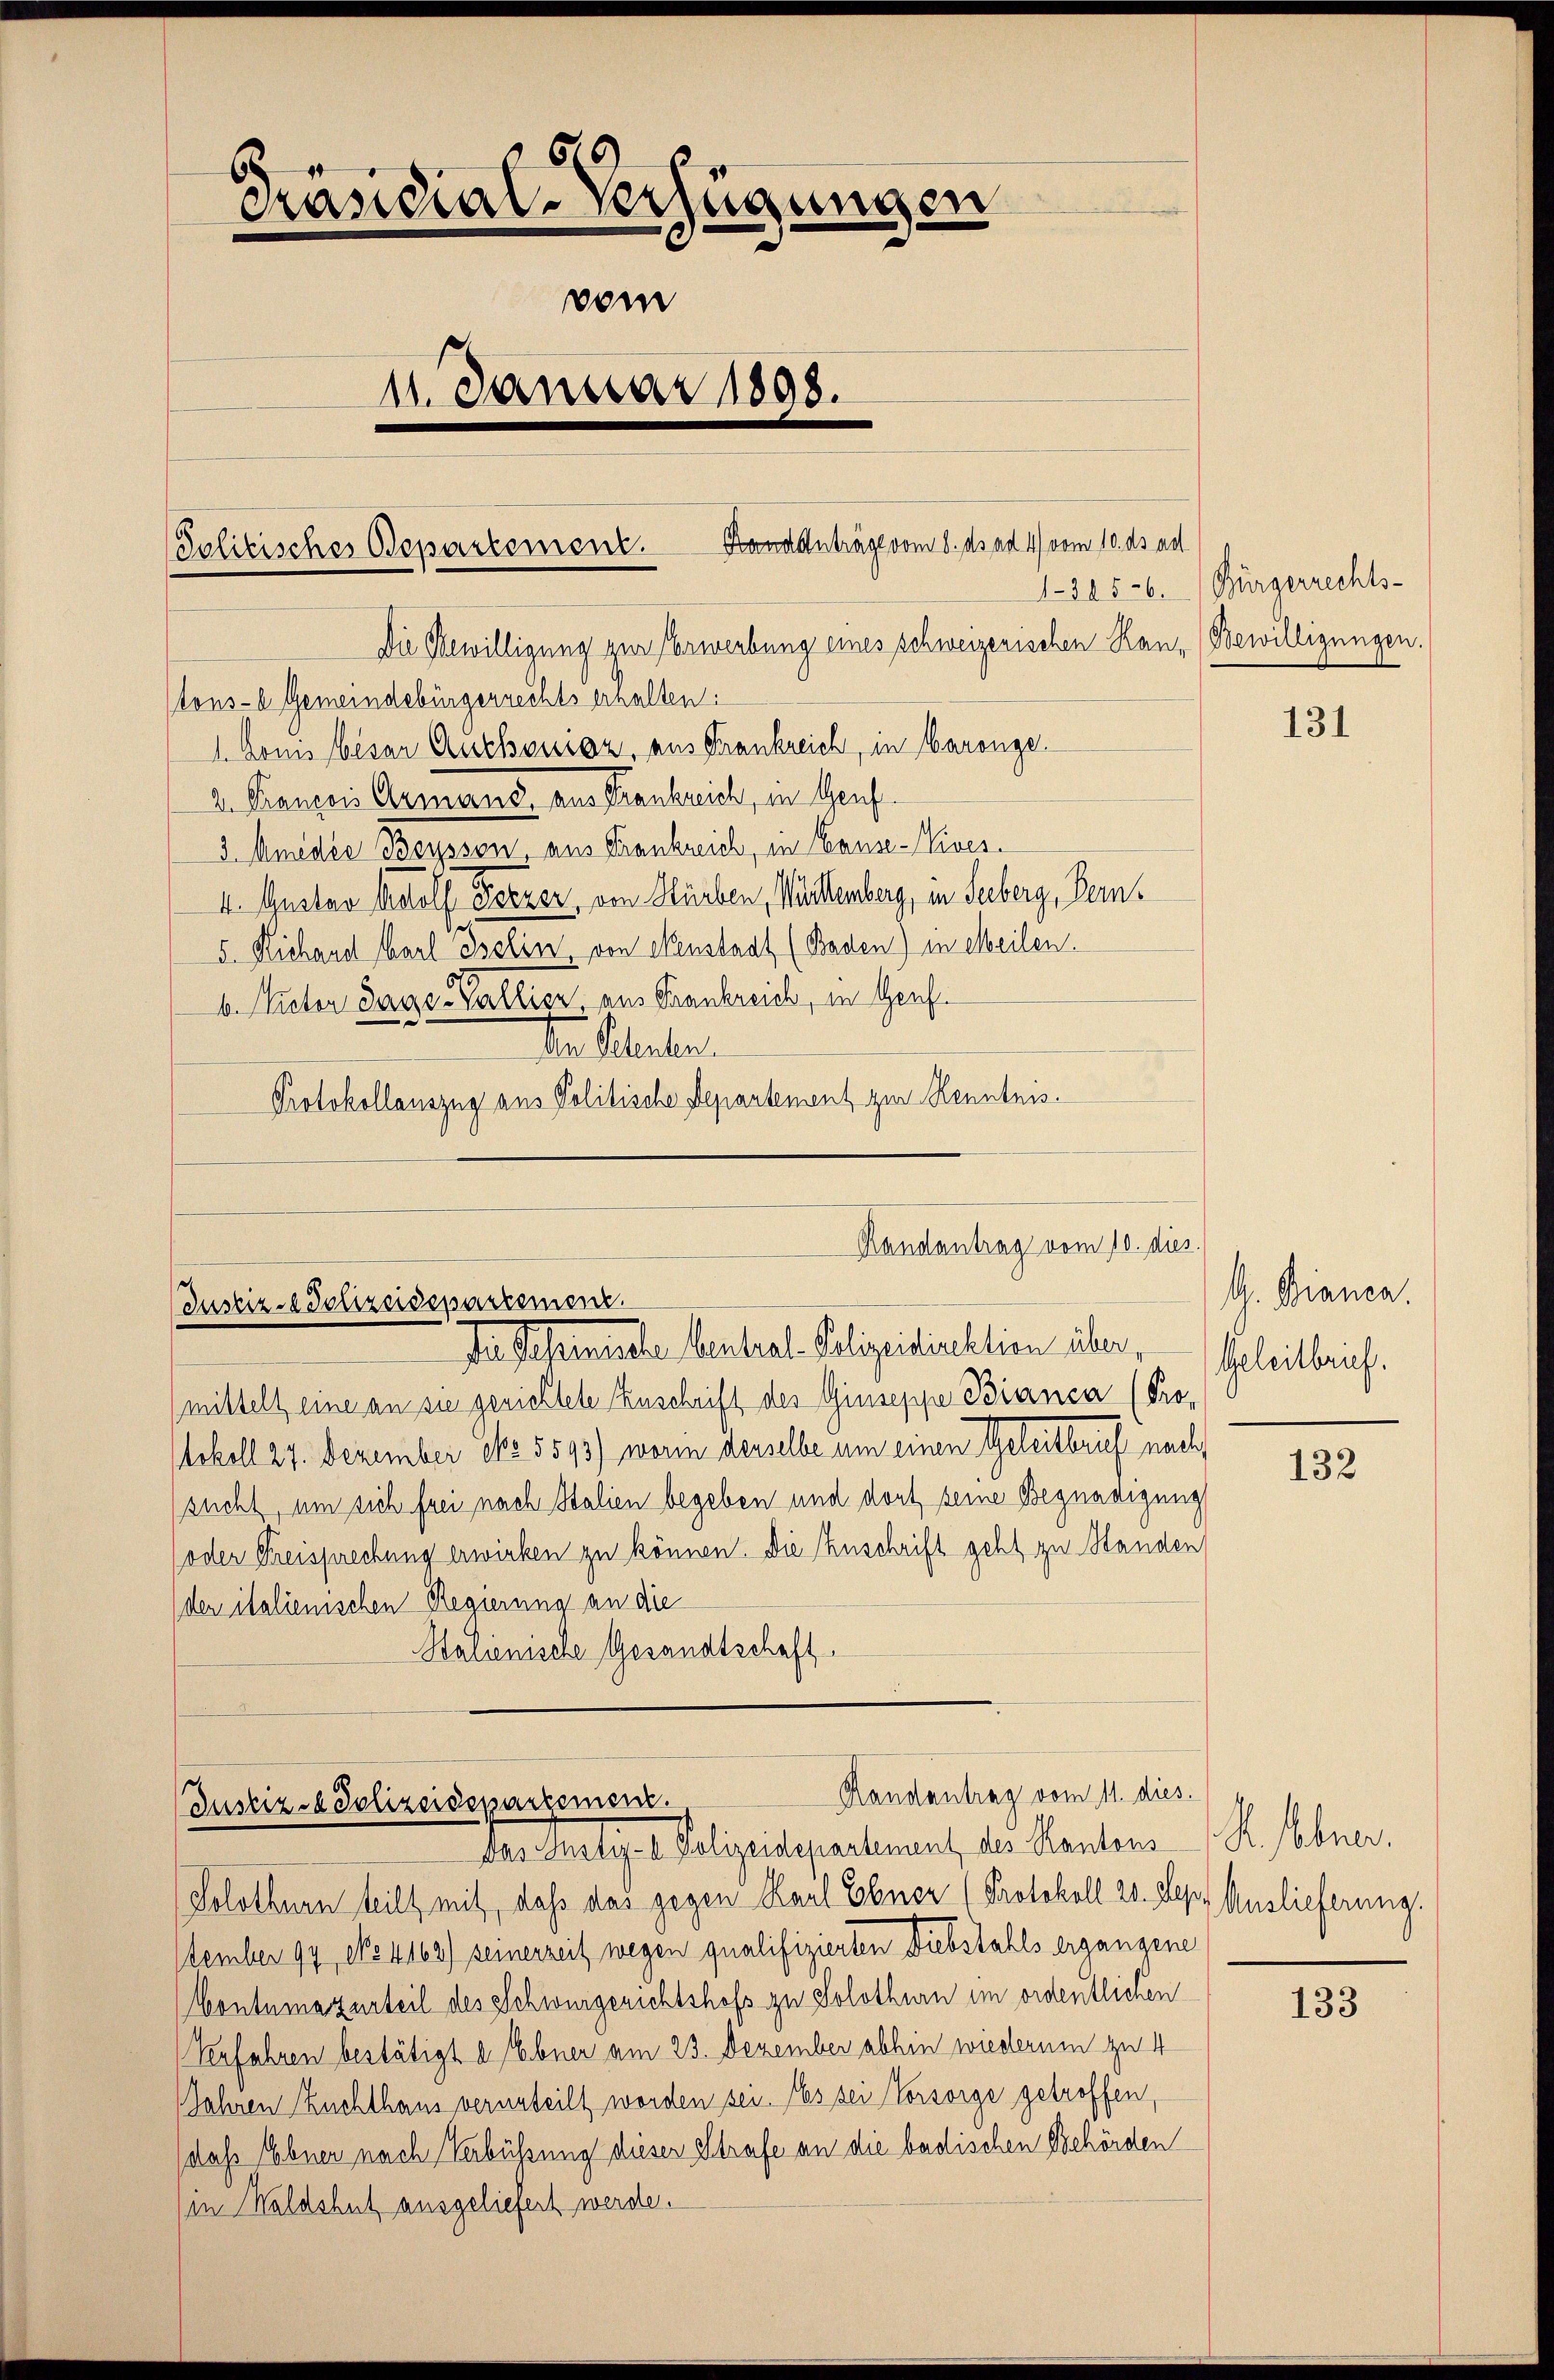
20
Präsidial-Verfügungen
vom
11. Januar 1898.

1. Donis besar Auchoisiaz, aus Frankreich, in Baronge.
2. Franzois Germans, aus Krankreich, in Genf.
3 Mmidie Beysson, aus Frankreich, in Hause-Niver¬
4. Gustav Adolf Terzer, von Hürben, Württemberg, in Seeberg, Bern¬
5. Richand Carl Iselin von Neustaat (Baden) in eeilen.
b. Victor Jage-Vallier, aus Frankreich, in Genf.
n teler.
Protokollauszug aus Politische Departement zur Kenntnis.

Politisches Departement. Handanträge vom 8. ds ad 4. vom 10. ds ad
1-385-6.
Die Bewilligung zur Verwerbung eines schweizerischen Kan- (Bewilligungen.
tons- u Gemeindebürgerrechts erhalten:

Handantrag vom 10. dies
Justiz-Polizeidepartement
der Schemente Central-Polizeidirektion über,

Randantrag vom 11. dies
Justiz- & Polizeidepartemen.
Dar Pueliger Polizeidepartement, der Kantons R. hlner,

(mittelt eine an sie gerichtete Zuschrift der Giuseppe Bianca (Pro-
Arkoll 27. Dezember No. 5593) worin desselbe um einen Geleitbruch nach
sucht, um sich frei nach Italien begeben und dort seine Begnadigung
(oder Freisprechung erwirken zu können. Die Anschrift geht zu Standen
(der italienischen Regierung an die
Stalienische Gesandtschaft

Solothurn teilt mit, dass das gegen Karl Ebner (Protokoll 20. Sepp Auslieferung.
tember 94, No 4162) seinerzeit wegen qualifizierten Diebstahls ergangene
Contumazurteil des Schwurgerichtshofs zu Solothurn im ordentlichen
Verfahren bestätigt a Ebner am 23. Dezember abhin wiederum zu 4
Jahren Zuchthaus verurteilt worden sei. Es sei Vorsorge getroffen,
daß Ebner nach Verbührung dieser Strafe an die badischen Behörden
(in Waldshut ausgeliefert werde.

Bürgerrechts-

131

G. Bianca.
Geleitbrief.

132

133